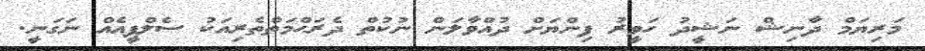
މަރިޔަމް ދާނިޝް ނަޝީދު ހަވީރު ފިންޔަށް ދުއްވާލަން ނުކުތް ދެރަޙްމަތްތެރިއަކު ސެލްފީއެއް ނަގަނީ.